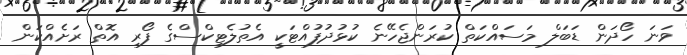
ވަނަ ހޯދަން ޑަބަލް މަސައްކަތް ކުރަންޖެހޭނެ ކުޅުދުފުއްޓަކީ އެތުލެޓިކްސްގެ ފޯރި އޮތް ރަށެއްކަން